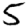
Digit: 5